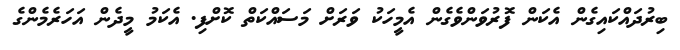
ބިރުދައްކައިގެން އެކަން ފޮރުވަންވެގެން އެމީހަކު ވަރަށް މަސައްކަތް ކޮށްފި. އެކަމު މީދެން އަހަރެމެންގެ